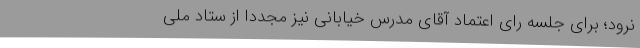
نرود؛ برای جلسه رای اعتماد آقای مدرس خیابانی نیز مجدداً از ستاد ملی